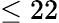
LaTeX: \leq 22